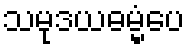
သမုဒယဓမ္မံပေ